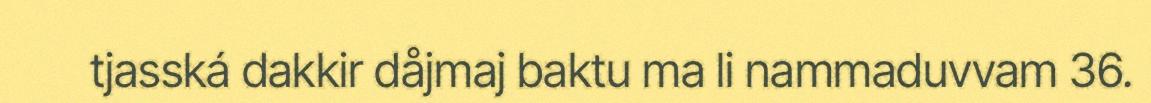
tjasská dakkir dåjmaj baktu ma li nammaduvvam 36.